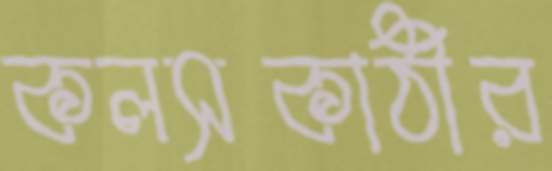
কলসকাঠীর